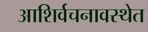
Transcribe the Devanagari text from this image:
आशिर्वचनावस्थेत